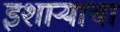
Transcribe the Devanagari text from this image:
इशाऱ्याचा